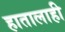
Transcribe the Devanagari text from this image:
हातालाही